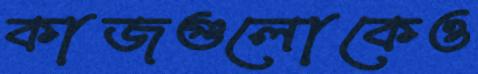
কাজগুলোকেও